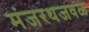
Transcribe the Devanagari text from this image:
मंजरथजवळ